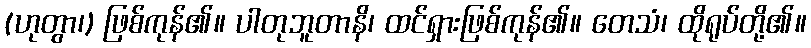
(ဟုတွာ၊) ဖြစ်ကုန်၏။ ပါတုဘူတာနိ၊ ထင်ရှားဖြစ်ကုန်၏။ တေသံ၊ ထိုရုပ်တို့၏။